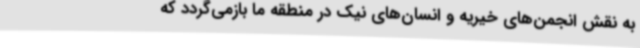
به نقش انجمن‌های خیریه و انسان‌های نیک در منطقه ما بازمی‌گردد که